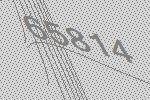
65814